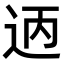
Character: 𫐣